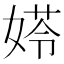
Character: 𡟀